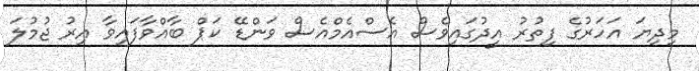
މިދިޔަ އަހަރުގެ ފިތުރު އީދުގައިވެސް އެސްއެމްއެސް ވަންޑޭ ކަޕް ބާއްވާފައިވާ އިރު ޖުމުލަ